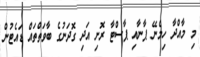
މި މާއްދާ ހިމެނޭ ޕާނާއި ޕާސްޓާ ރޮށި އަދި ގޮދަނުގެ ބާވަތްތައް ޑައެޓުން